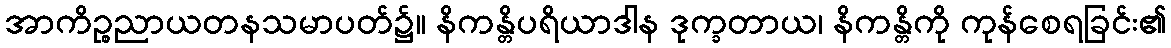
အာကိဉ္စညာယတနသမာပတ်၌။ နိကန္တိပရိယာဒါန ဒုက္ခတာယ၊ နိကန္တိကို ကုန်စေရခြင်း၏